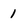
Character: 1